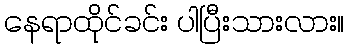
နေရာထိုင်ခင်း ပါပြီးသားလား။